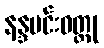
နန္ဒမင်းဝတ္ထု